Calcutta medical institutions reports 1892-1900
Year: 1892
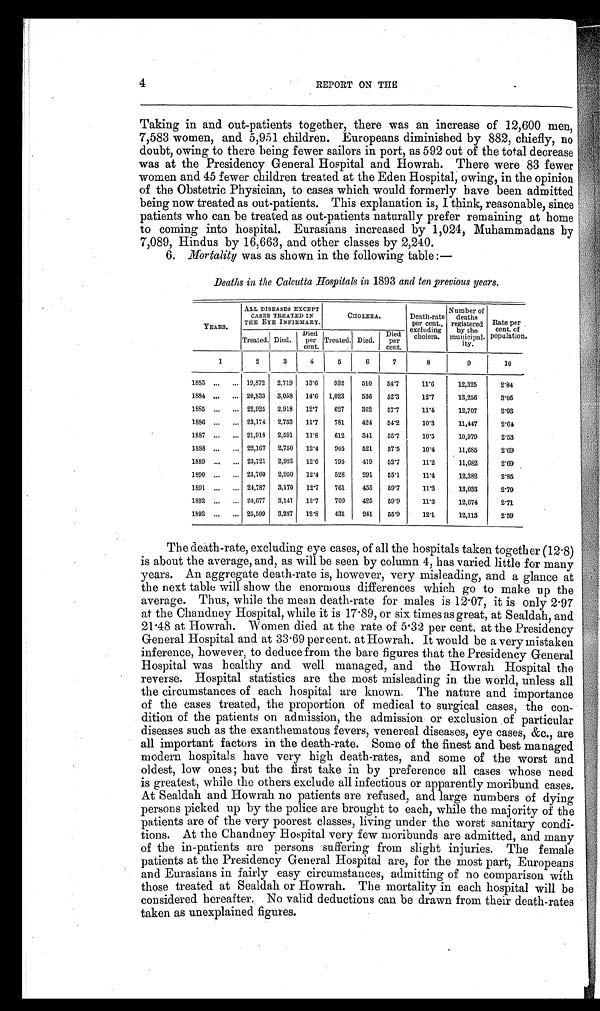
4
REPORT ON THE
Taking in and out-patients together, there was an increase of 12,600 men,
7,583 women, and 5,951 children. Europeans diminished by 882, chiefly, no
doubt, owing to there being fewer sailors in port, as 592 out of the total decrease
was at the Presidency General Hospital and Howrah. There were 83 fewer
women and 45 fewer children treated at the Eden Hospital, owing, in the opinion
of the Obstetric Physician, to cases which would formerly have been admitted
being now treated as out-patients. This explanation is, I think, reasonable, since
patients who can be treated as out-patients naturally prefer remaining at home
to coming into hospital. Eurasians increased by 1,024, Muhammadans by
7,089, Hindus by 16,663, and other classes by 2,240.
6. Mortality was as shown in the following table:—
Deaths in the Calcutta Hospitals in 1893 and ten previous years.
YEARS.
ALL DISEASES EXCEPT
CASES TREATED IN
THE EYE INFIRMARY.
CHOLERA.
Death-rate
per cent.,
excluding
cholera.
Number of
deaths
registered
by the
municipal-
ity.
Rate per
cent. of
population.
Treated. Died.
Died
per
cent.
Treated. Died.
Died
per
cent.
1
2
3
4
5
6
7
8
9
10
1883 ...
... 19,872
2,719
13.6
932
510
54.7
11.6
12,325
2.84
1884 ...
... 20,833
3,058
14.6
1,023
536
52.3
12.7
13,256
3.05
1885 ...
... 22,925
2,918
12.7
627
362
57.7
11.4
12,707
2.93
1886 ...
... 23,174
2,733
11.7
781
424
54.2
10.3
11,447
2.64
1887 ...
... 21,918
2,591
11.8
612
341
55.7
10.5
10,979
2.53
1888 ...
... 22,167
2,750
12.4
905
521
57.5
10.4
11,685
2.69
1889 ...
... 23,721
2,992
12.6
795
419
52.7
11.2
11,682
2.69
1890 ...
... 23,760
2,950
12.4
528
291
55.1
11.4
12,382
2.85
1891 ...
... 24,787
3,170
12.7
761
455
59.7
11.3
13,033
2.79
1892 ...
... 24,677
3,141
12.7
709
425
59.9
11.3
12,674
2.71
1893 ...
... 25,509
3,287
12.8
431
241
55.9
12.1
12,113
2.59
The death-rate, excluding eye cases, of all the hospitals taken together (12.8)
is about the average, and, as will be seen by column 4, has varied little for many
years. An aggregate death-rate is, however, very misleading, and a glance at
the next table will show the enormous differences which go to make up the
average. Thus, while the mean death-rate for males is 12.07, it is only 2.97
at the Chandney Hospital, while it is 17.89, or six times as great, at Sealdah, and
21.48 at Howrah. Women died at the rate of 5.32 per cent. at the Presidency
General Hospital and at 33.69 per cent. at Howrah. It would be a very mistaken
i nf er ence, however , t o deduce f r om t he bar e f i gur es t hat t he Pr es i dency Gener al
Hospital was healthy and well managed, and the Howrah Hospital the
reverse. Hospital statistics are the most misleading in the world, unless all
the circumstances of each hospital are known. The nature and importance
of the cases treated, the proportion of medical to surgical cases, the con-
dition of the patients on admission, the admission or exclusion of particular
diseases such as the exanthematous fevers, venereal diseases, eye cases, &c., are
all important factors in the death-rate. Some of the finest and best managed
modern hospitals have very high death-rates, and some of the worst and
oldest, low ones; but the first take in by preference all cases whose need
is greatest, while the others exclude all infectious or apparently moribund cases.
At Sealdah and Howrah no patients are refused, and large numbers of dying
persons picked up by the police are brought to each, while the majority of the
patients are of the very poorest classes, living under the worst sanitary condi-
tions. At the Chandney Hospital very few moribunds are admitted, and many
of the in-patients are persons suffering from slight injuries. The female
patients at the Presidency General Hospital are, for the most part, Europeans
and Eurasians in fairly easy circumstances, admitting of no comparison with
those treated at Sealdah or Howrah. The mortality in each hospital will be
considered hereafter. No valid deductions can be drawn from their death-rates
taken as unexplained figures.